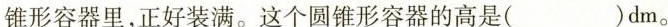
锥形容器里，正好装满。这个圆锥形容器的高是()dm。